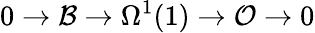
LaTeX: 0\rightarrow{\cal B}\rightarrow\Omega^{1}(1)\rightarrow{\cal O}\rightarrow 0